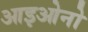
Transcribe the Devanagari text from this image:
आइओनो